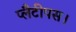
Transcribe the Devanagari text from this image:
प्लैटीपस।